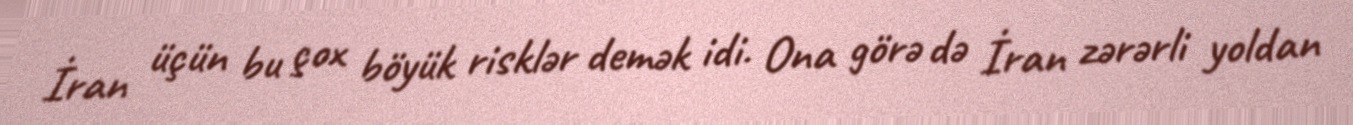
İran üçün bu çox böyük risklər demək idi. Ona görə də İran zərərli yoldan